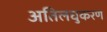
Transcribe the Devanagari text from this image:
अतिलघुकरण